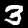
Digit: 3